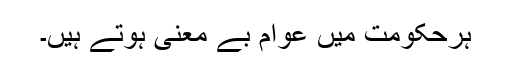
ہرحکومت میں عوام بے معنی ہوتے ہیں۔